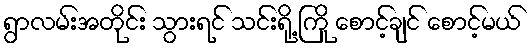
ရွာလမ်းအတိုင်း သွားရင် သင်းရို့ ကြို စောင့်ချင် စောင့်မယ်